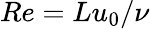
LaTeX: Re=Lu_{0}/\nu